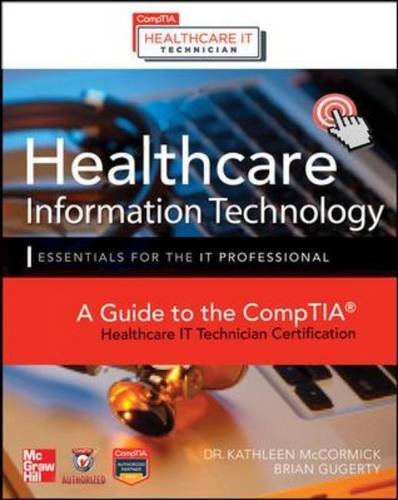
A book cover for Healthcare Information Technology Exam Guide for CompTIA Healthcare IT Technician and HIT Pro Certifications; Kathleen McCormick; Computers & Technology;